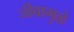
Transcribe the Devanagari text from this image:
जीवामुळे